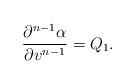
LaTeX: \begin{align*} \frac{\partial^{n-1}\alpha}{\partial v^{n-1}}=Q_1.\end{align*}